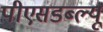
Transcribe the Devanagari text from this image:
पीएसडब्ल्यू